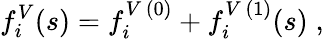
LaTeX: f_{i}^{V}(s)=f_{i}^{V\, (0)}+f_{i}^{V\, (1)}(s)\; ,